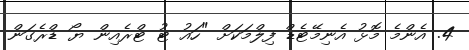
4. އެންމެ މޮޅު އެނިމޭޓެޑް ފިލްމަކަށް "ހައު ޓު ޓްރެއިން ޔޯ ޑްރެގަން